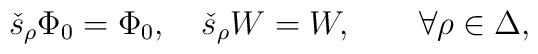
\check{s}_{\rho}\Phi_0=\Phi_0,\quad \check{s}_{\rho}W   =W,\qquad \forall\rho\in\Delta,